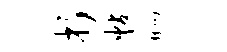
折帖晌